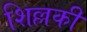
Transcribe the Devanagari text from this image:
शिल्लकी